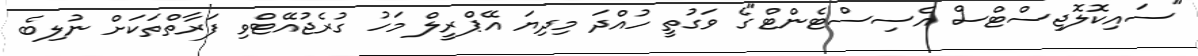
"ސައިކޮލޮޖިސްޓްސް އެސިސްޓެންޓް"ގެ ވަގުތީ ހުއްދަ މިދިޔަ އޭޕްރީލް މަހު ގުރެޖުއޭޓްވި ފަރާތްތަކަށް ނުލިބެ